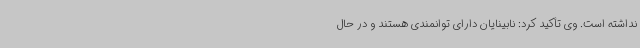
نداشته است. وی تأکید کرد: نابینایان دارای توانمندی هستند و در حال